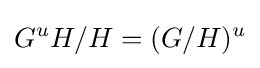
G^{u}H/H=(G/H)^{u}